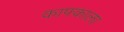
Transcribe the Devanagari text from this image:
काफ्काला